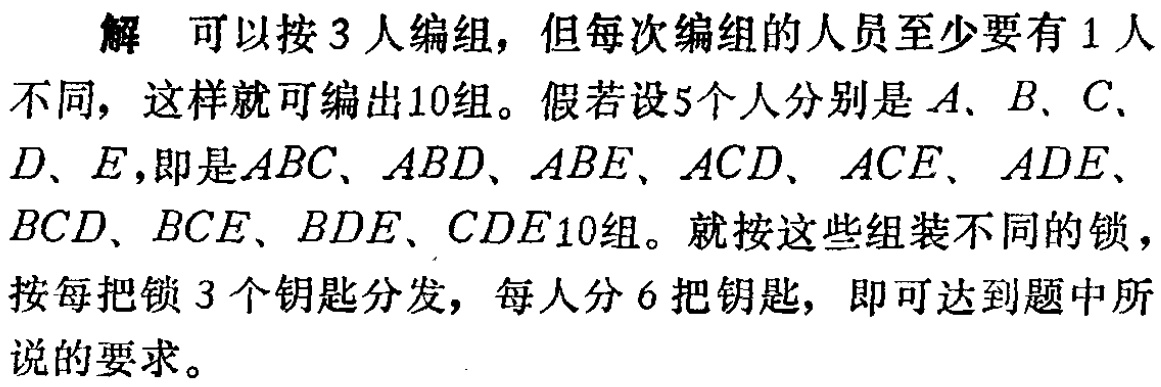
解 可以按 3 人编组，但每次编组的人员至少要有 1 人

不同，这样就可编出10组。假若设5个人分别是\(A\)、\(B\)、\(C\)、

\(D\)、\(E\)，即是\(ABC\)、\(ABD\)、\(ABE\)、\(ACD\)、\(ACE\)、\(ADE\)、

\(BCD\)、\(BCE\)、\(BDE\)、\(CDE\)10组。就按这些组装不同的锁，

按每把锁 3 个钥匙分发，每人分 6 把钥匙，即可达到题中所

说的要求。